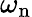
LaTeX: \omega_{\mathrm{n}}